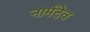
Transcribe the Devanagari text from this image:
नार्मदेव